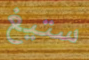
ستيغ